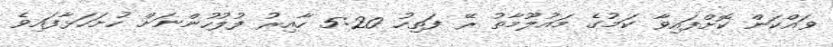
ވައްކަން ކޮށްފައިވާ ކަމުގެ މައުލޫމާތު ރޭ ފަތިހު 5:20 ހާއިރު ފުލުހުންނަށް ހުށަހަޅާފައިވެ